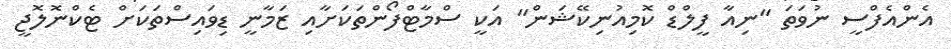
އެންއެފްސީ ނުވަތަ "ނިއާ ފީލްޑް ކޮމިއުނިކޭޝަން" އަކީ ސްމާޓްފޯންތަކަށާއި ޒަމާނީ ޑިވައިސްތަކަށް ޓެކްނޮލޮޖީ